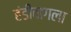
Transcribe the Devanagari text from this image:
हंडीबागला